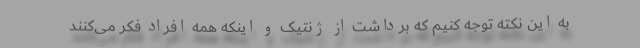
به این نکته توجه کنیم که برداشت از ژنتیک و اینکه همه افراد فکر می‌کنند